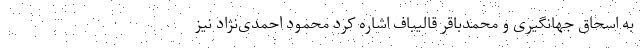
به اسحاق جهانگیری و محمدباقر قالیباف اشاره کرد محمود احمدی‌نژاد نیز